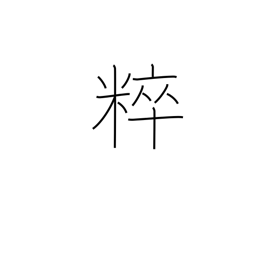
Meaning: unadulterated